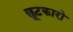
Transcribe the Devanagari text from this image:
छूटकारो